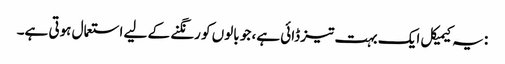
: یہ کیمیکل ایک بہت تیز ڈائی ہے، جو بالوں کو رنگنے کے لیے استعمال ہوتی ہے۔